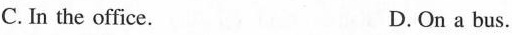
C. In the office. D. On a bus.